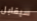
سيقابل